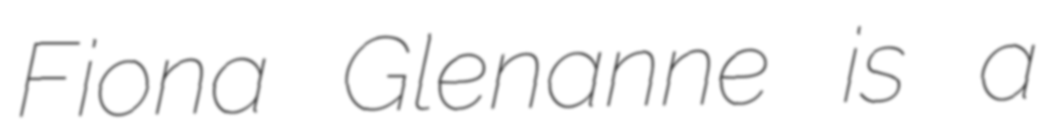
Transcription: Fiona Glenanne is a